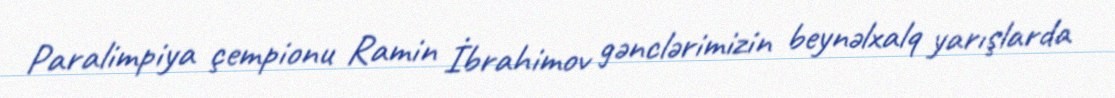
Paralimpiya çempionu Ramin İbrahimov gənclərimizin beynəlxalq yarışlarda